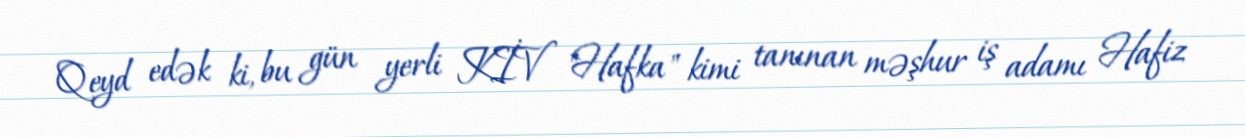
Qeyd edək ki, bu gün yerli KİV "Hafka" kimi tanınan məşhur iş adamı Hafiz